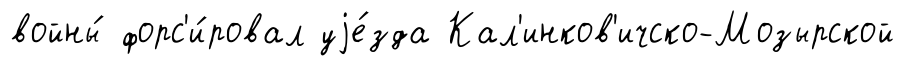
войны́ форс'и́ровал уjе́зда Кал'инков'ичско-Мозырской